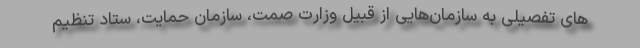
های تفصیلی به سازمان‌هایی از قبیل وزارت صمت، سازمان حمایت، ستاد تنظیم